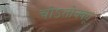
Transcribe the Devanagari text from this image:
चोऽतोक्क्यू